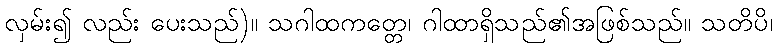
လှမ်း၍ လည်း ပေးသည်)။ သဂါထကတ္တေ၊ ဂါထာရှိသည်၏အဖြစ်သည်။ သတိပိ၊